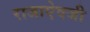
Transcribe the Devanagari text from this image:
राजाएेवजी